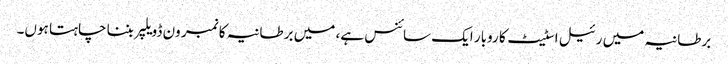
برطانیہ میں رئیل اسٹیٹ کا روبار ایک سائنس ہے، میں برطانیہ کا نمبر ون ڈویلپر بننا چاہتا ہوں۔